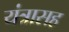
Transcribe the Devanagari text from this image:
यंत्रासह